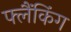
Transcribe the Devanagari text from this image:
फ्लैंकिंग